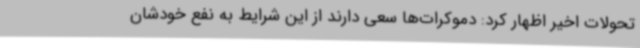
تحولات اخیر اظهار کرد: دموکرات‌ها سعی دارند از این شرایط به نفع خودشان